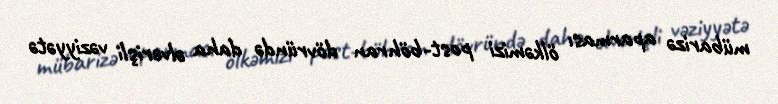
mübarizə aparması ölkəmizi post-böhran dövründə daha əlverişli vəziyyətə